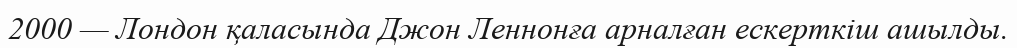
2000 — Лондон қаласында Джон Леннонға арналған ескерткіш ашылды.